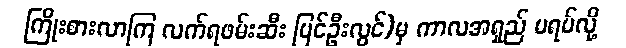
ကြိုးစားလာကြ လက်ရဖမ်းဆီး ပြင်ဦးလွင်)မှ ကာလအရှည် မရပ်လို့